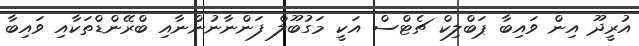
އުރީދޫ އިން ވައިބާ ޕަބްލިކް ޗެޓްސް އަކީ މަގުބޫލް ފަންނާނުންނާއި ބްރޭންޑްތަކާއި ވައިބާ